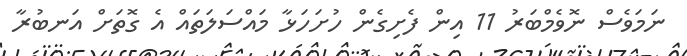
ނަމަވެސް ނޮވެމްބަރު 11 އިން ފެށިގެން ހުށަހަޅާ މައްސަލަތައް އެ ގޮތަށް އަނބުރާ